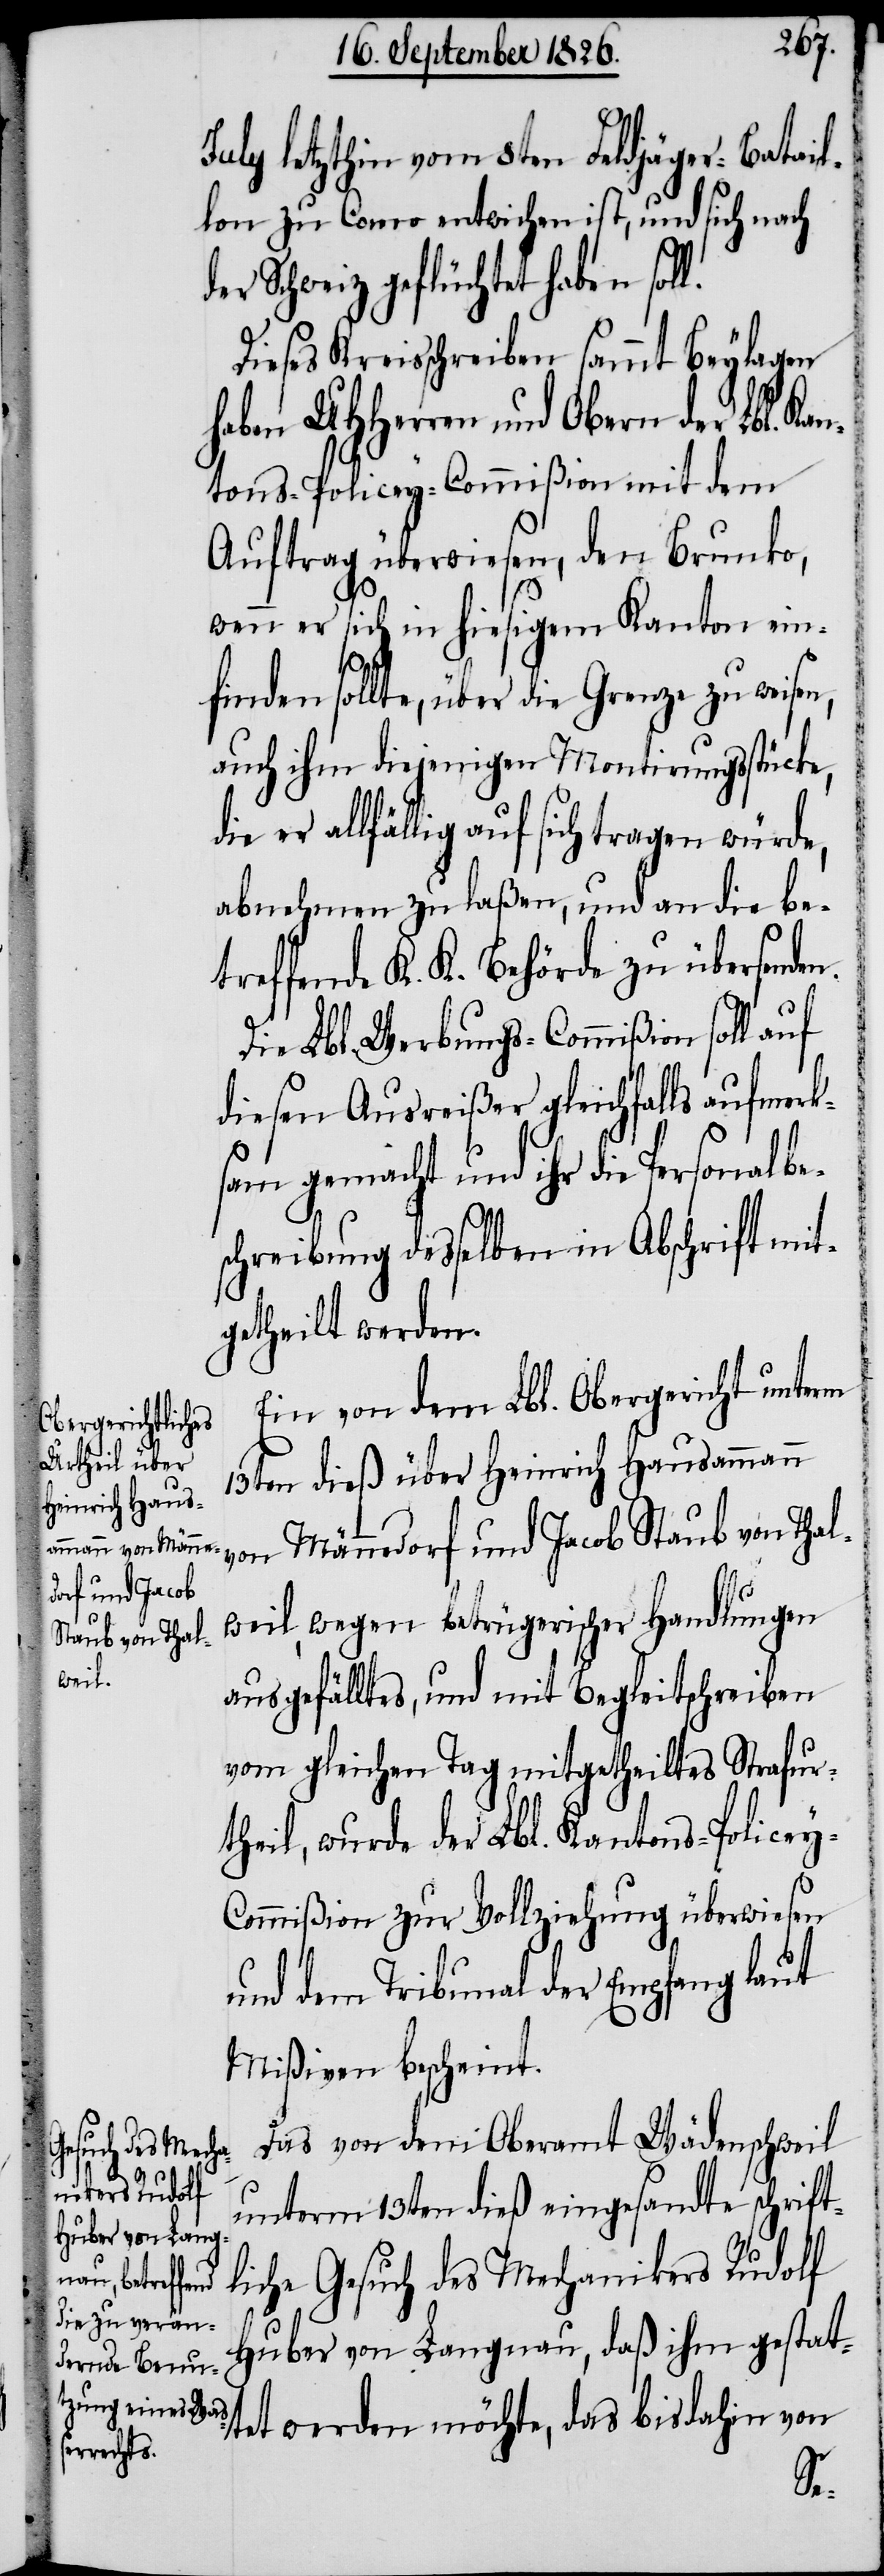
July letzthin vom 8ten Feldjäger-Batail¬
lon zu Como entwichen ist, und sich nach
der Schweiz geflüchtet haben sol¬
Dieses Kreisschreiben sammt Beylagen
haben MHHerren und Obern der Lbl. Kan¬
tons-Policey-Commißion mit dem
Auftrag überwiesen, den Brunko,
wenn er sich in hiesigem Kanton ein¬
finden sollte, über die Grenze zu weisen,
auch ihm diejenigen Montirungsstücke,
er allfällig auf sich tragen würde,
abnehmen zu laßen, und an die be¬
treffende K. K. Behörde zu übersenden.
Die Lbl. Werbungs-Commißion soll auf
diesen Ausreißer gleichfalls aufmerk¬
sam gemacht und ihr die Personalbe¬
schreibung desselben in Abschrift mit¬
getheilt werden.
Ein von dem Lbl. Obergericht unterm
13ten dieß über Heinrich Hausamman¬
n von Männedorf und Jacob Staub von Thal¬
weil, wegen betrügerischer Handlungen
ausgefälltes, und mit Begleitschreiben
vom gleichen Tag mitgetheiltes Strafur¬
theil, wurde der Lbl. Kantons-Policey-C¬
ommißion zur Vollziehung überwiesen
und dem Tribunal der Empfang laut
Mißiven bescheint.
Das von dem Oberamt Wädenschweil
unterm 13ten dieß eingesandte schrift¬
liche Gesuch des Mechanikers Rudolf
Huber von Langnau, daß ihm gestat¬
tet werden möchte, das bis dahin von
l.